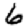
Digit: 6